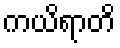
ကယိရာတိ